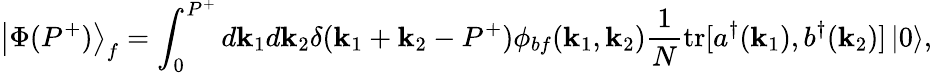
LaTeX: \left\vert\Phi(P^{+})\right\rangle_{f}=\int_{0}^{P^{+}}d\mathbf{k}_{1}d\mathbf{k}_{2}\delta(\mathbf{k}_{1}+\mathbf{k}_{2}-P^{+})\phi_{bf}(\mathbf{k}_{1},\mathbf{k}_{2}){\frac{{1}}{{N}}}\mathrm{{tr}}[a^{\dagger}(\mathbf{k}_{1}),b^{\dagger}(\mathbf{k}_{2})]\left\vert0\right\rangle,